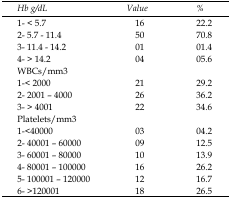
<table><thead><tr><td><b><i>Hb g/dL</i></b></td><td><b><i>Value</i></b></td><td><b><i>%</i></b></td></tr></thead><tbody><tr><td>1- &lt; 5.7</td><td>16</td><td>22.2</td></tr><tr><td>2- 5.7 - 11.4</td><td>50</td><td>70.8</td></tr><tr><td>3- 11.4 - 14.2</td><td>01</td><td>01.4</td></tr><tr><td>4- &gt; 14.2</td><td>04</td><td>05.6</td></tr><tr><td><i>WBCs/mm</i><sup>3</sup></td><td></td><td></td></tr><tr><td>1-&lt; 2000</td><td>21</td><td>29.2</td></tr><tr><td>2- 2001 – 4000</td><td>26</td><td>36.2</td></tr><tr><td>3- &gt; 4001</td><td>22</td><td>34.6</td></tr><tr><td><i>Platelets/mm</i><sup>3</sup></td><td></td><td></td></tr><tr><td>1-&lt;40000</td><td>03</td><td>04.2</td></tr><tr><td>2- 40001 – 60000</td><td>09</td><td>12.5</td></tr><tr><td>3- 60001 – 80000</td><td>10</td><td>13.9</td></tr><tr><td>4- 80001 – 100000</td><td>16</td><td>26.2</td></tr><tr><td>5- 100001 – 120000</td><td>12</td><td>16.7</td></tr><tr><td>6- &gt;120001</td><td>18</td><td>26.5</td></tr></tbody></table>